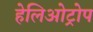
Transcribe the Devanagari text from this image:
हेलिओट्रोप